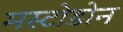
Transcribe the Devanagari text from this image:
मस्टोडोन